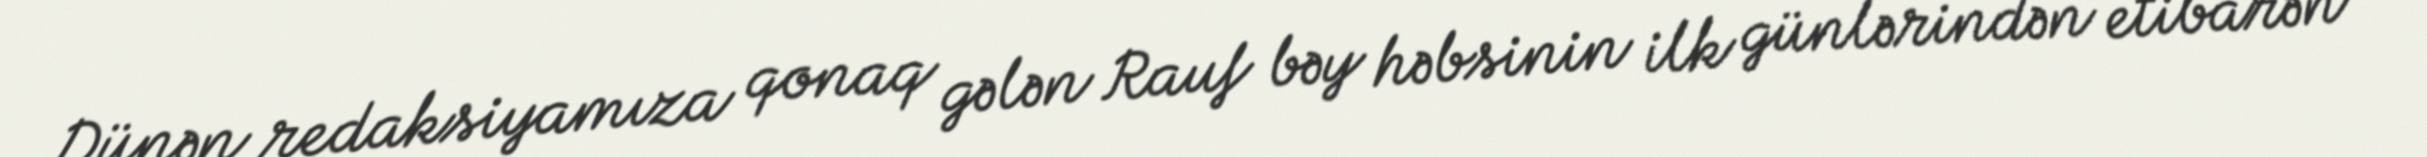
Dünən redaksiyamıza qonaq gələn Rauf bəy həbsinin ilk günlərindən etibarən